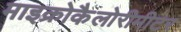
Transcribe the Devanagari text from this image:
माइक्रोकैलोरीमीटर